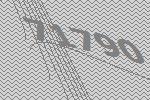
71790